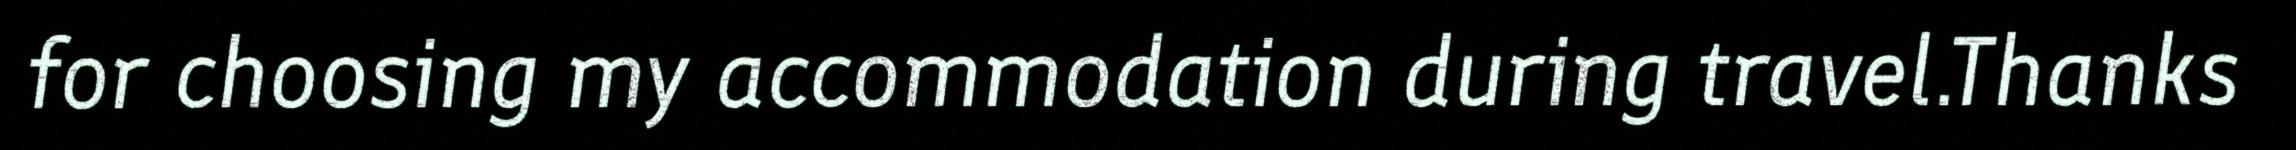
for choosing my accommodation during travel.Thanks